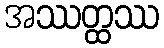
အဿတ္ထဿ